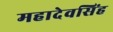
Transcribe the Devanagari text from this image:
महादेवसिंह